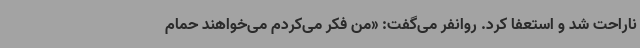
ناراحت شد و استعفا کرد. روانفر می‌گفت: «من فکر می‌کردم می‌خواهند حمام